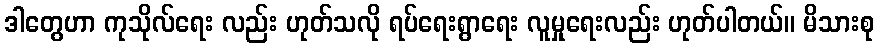
ဒါတွေဟာ ကုသိုလ်ရေး လည်း ဟုတ်သလို ရပ်ရေးရွာရေး လူမှုရေးလည်း ဟုတ်ပါတယ်။ မိသားစု